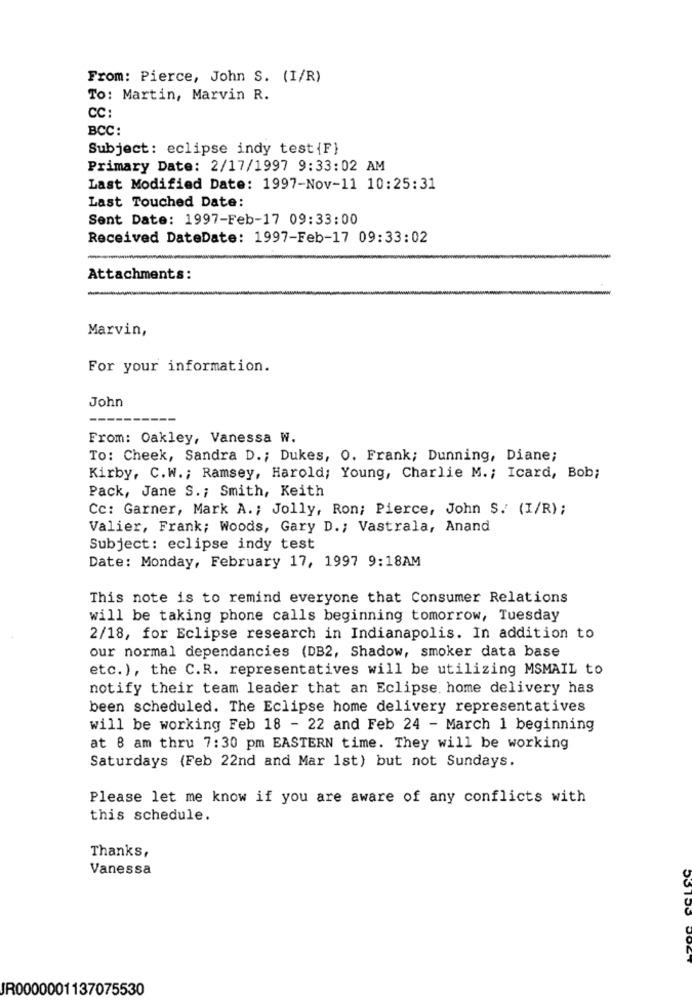
From: Pierce, John S. (I/R)
To: Martin, Marvin R.
CC:
BCC:
Subject: eclipse indy test {F}
Primary Date: 2/17/1997 9:33:02 AM
Last Modified Date: 1997-Nov-11 10:25:31
Last Touched Date:
Sent Date: 1997-Feb-17 09:33:00
Received DateDate: 1997-Feb-17 09:33:02
Attachments:
Marvin,
For your information.
John
From: Oakley, Vanessa W.
To: Cheek, Sandra D .; Dukes, O. Frank; Dunning, Diane;
Kirby, C.W .; Ramsey, Harold; Young, Charlie M .; Icard, Bob;
Pack, Jane S .; Smith, Keith
Cc: Garner, Mark A .; Jolly, Ron; Pierce, John S. (I/R);
Valier, Frank; Woods, Gary D .; Vastrala, Anand
Subject: eclipse indy test
Date: Monday, February 17, 1997 9:18AM
This note is to remind everyone that Consumer Relations
will be taking phone calls beginning tomorrow, Tuesday
2/18, for Eclipse research in Indianapolis. In addition to
our normal dependancies (DB2, Shadow, smoker data base
etc.), the C.R. representatives will be utilizing MSMAIL to
notify their team leader that an Eclipse. home delivery has
been scheduled. The Eclipse home delivery representatives
will be working Feb 18 - 22 and Feb 24 - March 1 beginning
at 8 am thru 7:30 pm EASTERN time. They will be working
Saturdays (Feb 22nd and Mar 1st) but not Sundays.
Please let me know if you are aware of any conflicts with
this schedule.
Thanks,
Vanessa
JR0000001137075530